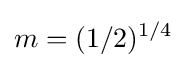
m=(1/2)^{1/4}